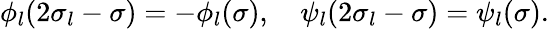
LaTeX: \phi_{l}(2\sigma_{l}-\sigma)=-\phi_{l}(\sigma),\quad\psi_{l}(2\sigma_{l}-\sigma)=\psi_{l}(\sigma).